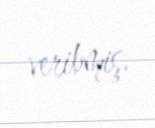
veribmiş.